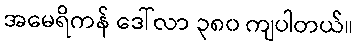
အမေရိကန် ဒေါ်လာ ၃၈၀ ကျပါတယ်။